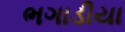
ભગાડીયા